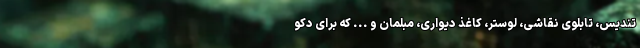
تندیس، تابلوی نقاشی، لوستر، کاغذ دیواری، مبلمان و ... که برای دکو